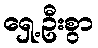
ရှေ့ဦးစွာ